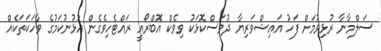
ސަލްމާނާ ރުޅިވުމަށް ފަހު އައިޝްވަރިޔާ ދުވަސްކޮޅަކު ވިވެކް އޮބްރޯއީ ރައްޓެހިވެގެން އުޅުނުކަމުގެ ވާހަކަތަކެއް